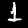
Digit: 1